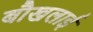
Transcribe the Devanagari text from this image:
बौखलाई